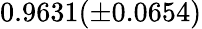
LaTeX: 0.9631(\pm 0.0654)